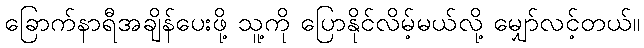
ခြောက်နာရီအချိန်ပေးဖို့ သူ့ကို ပြောနိုင်လိမ့်မယ်လို့ မျှော်လင့်တယ်။